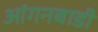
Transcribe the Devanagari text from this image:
आंगनबाडी